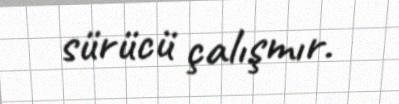
sürücü çalışmır.